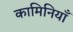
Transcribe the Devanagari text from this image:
कामिनियाँ